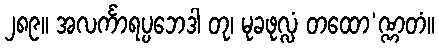
၂၈၉။ အလင်္ကာရပ္ပဘေဒါ တု၊ မုခဖုလ္လံ တထော’ဏ္ဏတံ။